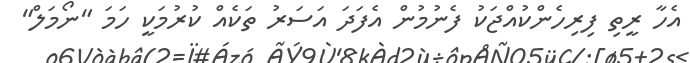
އެހާ ރީތި ފިރިހެންކުއްޖަކު ފެނުމުން އެފަދަ އަސަރު ތަކެއް ކުރުމަކީ ހަމަ "ނޯމަލް"